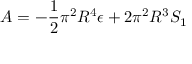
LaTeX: A = - \frac { 1 } { 2 } \pi ^ { 2 } R ^ { 4 } \epsilon + 2 \pi ^ { 2 } R ^ { 3 } S _ { 1 }